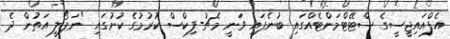
އެފްއައިޖީސީގެ ސްޓޭޓްމަންޓެއްގައި ބުނެފައި ވަނީ މެޗު-ފިކްސް ކުރުމުގެ ކުށުގައި "ނަޕޯލީ އަތުން ދެ